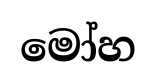
මෝහ